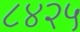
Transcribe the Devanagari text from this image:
८४२५